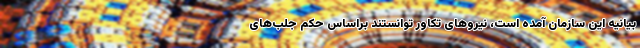
بیانیه این سازمان آمده است، نیروهای تکاور توانستند براساس حکم جلب‌های